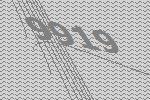
9919